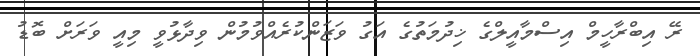
ރޭ އިބްރާހީމް އިސްމާއީލްގެ ޚިދުމަތުގެ އަގު ވަޒަންކުރެއްވުމުން ވިދާޅުވީ މިއީ ވަރަށް ބޮޑު